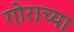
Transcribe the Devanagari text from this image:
गोराच्या